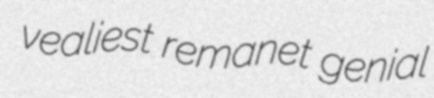
vealiest remanet genial